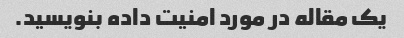
یک مقاله در مورد امنیت داده بنویسید.